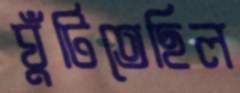
ঘুঁটিতেছিল